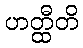
ဟတ္ထီတိ